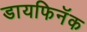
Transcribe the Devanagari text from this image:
डायफिनॅक